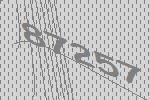
87257